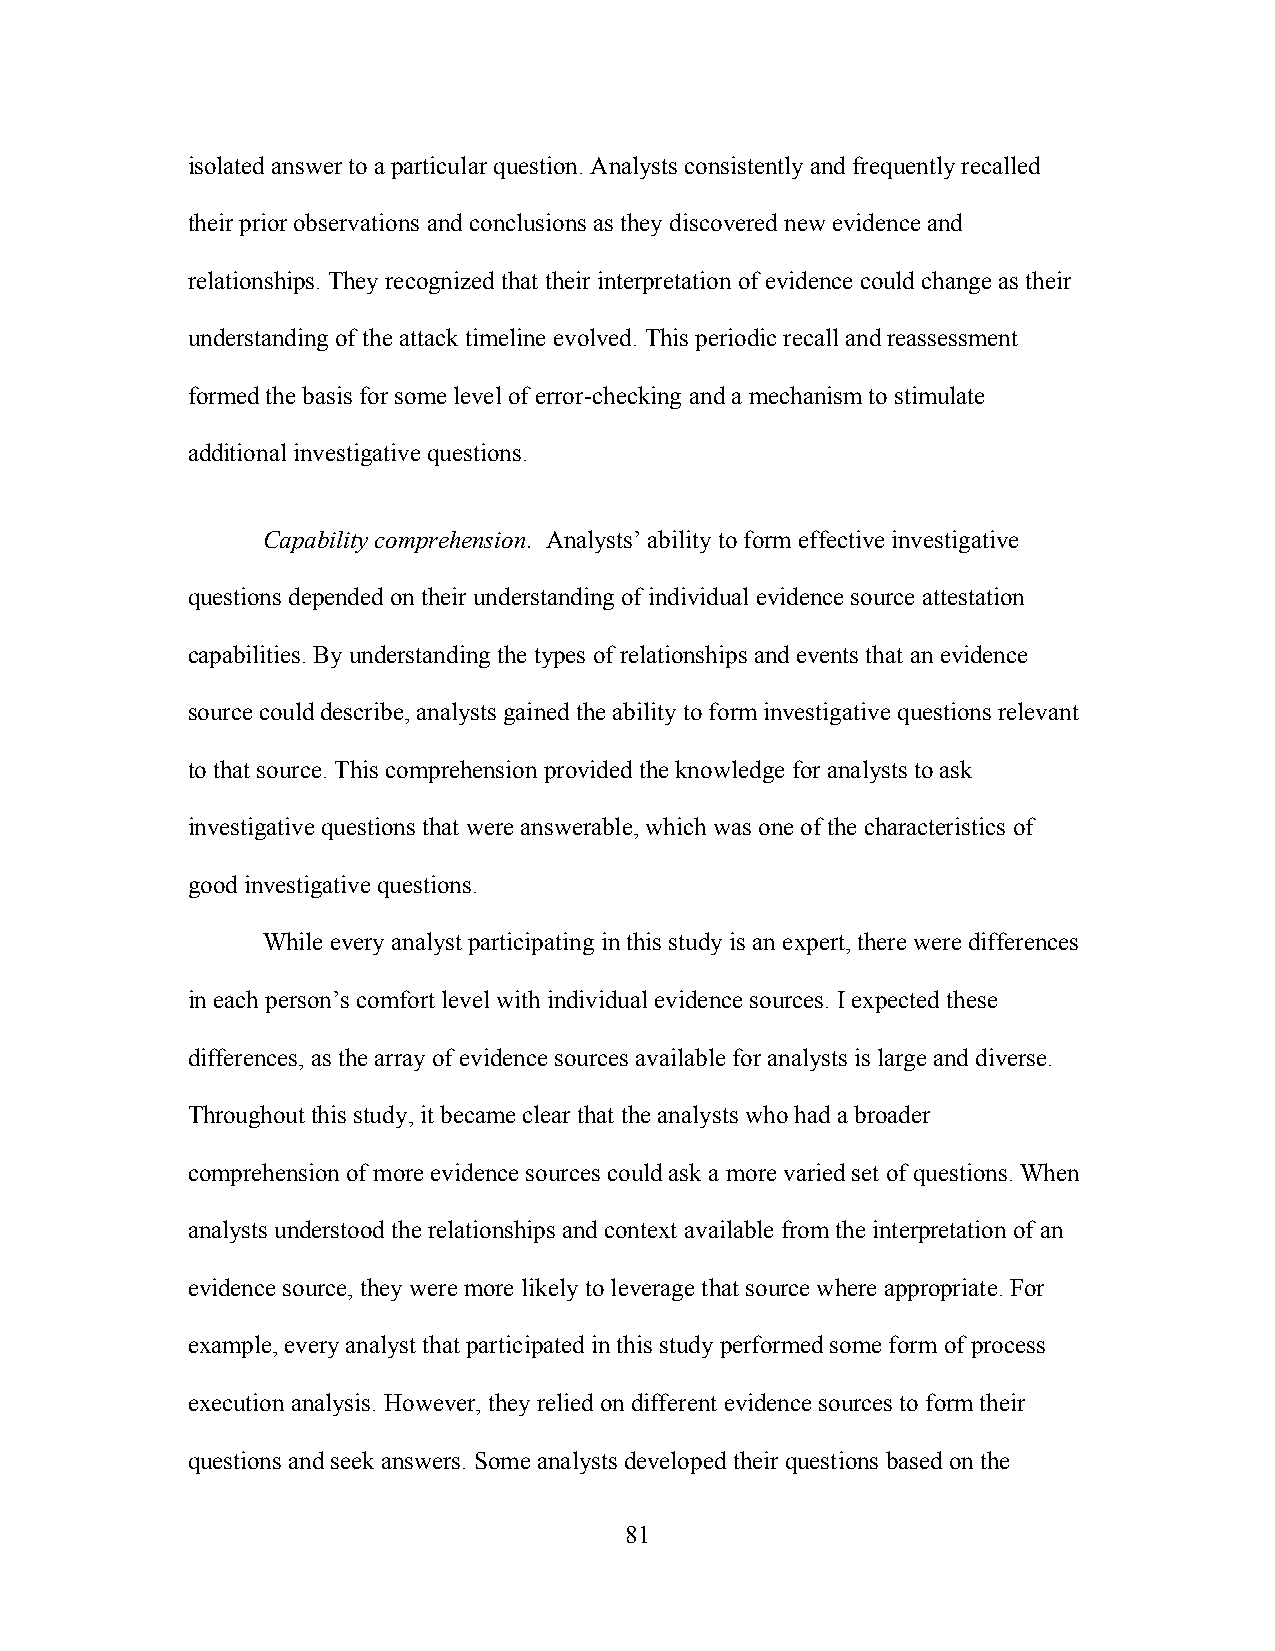
isolated answer to a particular question. Analysts consistently and frequently recalled
 their prior observations and conclusions as they discovered new evidence and
 relationships. They recognized that their interpretation of evidence could change as their
 understanding of the attack timeline evolved. This periodic recall and reassessment
 formed the basis for some level of error-checking and a mechanism to stimulate
 additional investigative questions.
 Capability comprehension. Analysts’ ability to form effective investigative
 questions depended on their understanding of individual evidence source attestation
 capabilities. By understanding the types of relationships and events that an evidence
 source could describe, analysts gained the ability to form investigative questions relevant
 to that source. This comprehension provided the knowledge for analysts to ask
 investigative questions that were answerable, which was one of the characteristics of
 good investigative questions.
 While every analyst participating in this study is an expert, there were differences
 in each person’s comfort level with individual evidence sources. I expected these
 differences, as the array of evidence sources available for analysts is large and diverse.
 Throughout this study, it became clear that the analysts who had a broader
 comprehension of more evidence sources could ask a more varied set of questions. When
 analysts understood the relationships and context available from the interpretation of an
 evidence source, they were more likely to leverage that source where appropriate. For
 example, every analyst that participated in this study performed some form of process
 execution analysis. However, they relied on different evidence sources to form their
 questions and seek answers. Some analysts developed their questions based on the
 81